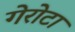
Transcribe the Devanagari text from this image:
गेरोटा